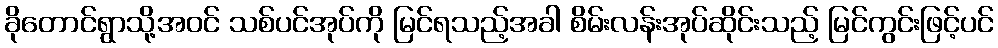
ခိုတောင်ရွာသို့အဝင် သစ်ပင်အုပ်ကို မြင်ရသည့်အခါ စိမ်းလန်းအုပ်ဆိုင်းသည့် မြင်ကွင်းဖြင့်ပင်